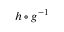
h \circ g ^ { - 1 }